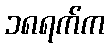
၁၈ရက်က